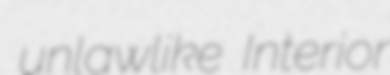
unlawlike Interior